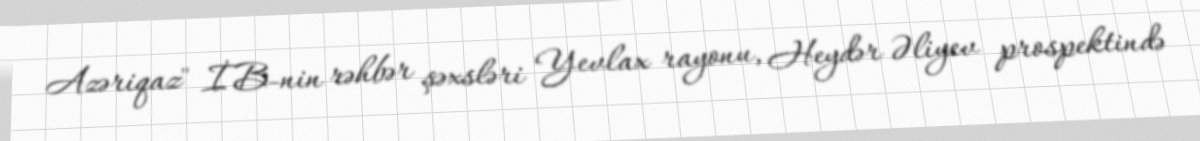
Azəriqaz" İB-nin rəhbər şəxsləri Yevlax rayonu, Heydər Əliyev prospektində